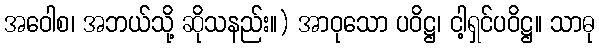
အဝေါစ၊ အဘယ်သို့ ဆိုသနည်း။) အာဝုသော ပဝိဋ္ဌ၊ ငါ့ရှင်ပဝိဋ္ဌ။ သာဓု